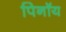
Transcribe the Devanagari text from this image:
पिनॉय